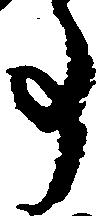
事